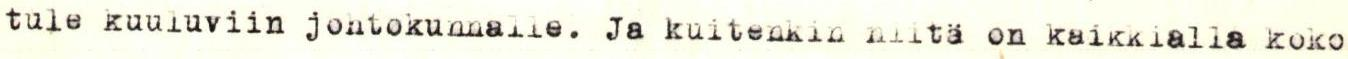
tule kuuluviin johtokunnalle. Ja kuitenkin niitä on kaikkialla koko